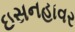
ઇસનહાવર